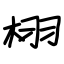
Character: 栩